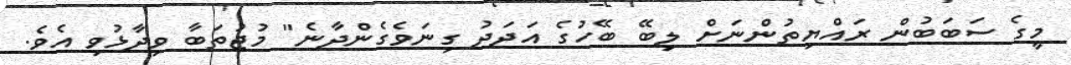
މީގެ ސަބަބުން ރައްޔިތުންނަށް ލިބޭ ބޭހުގެ އަދަދު ގިނަވެގެންދާނެ" މުޖުތަބާ ވިދާޅުވި އެވެ.